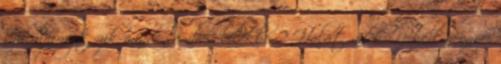
szikrája rejtőzik minden emberi lélekben? Hálát adok Neked mennyei